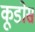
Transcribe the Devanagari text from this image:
कूडोस